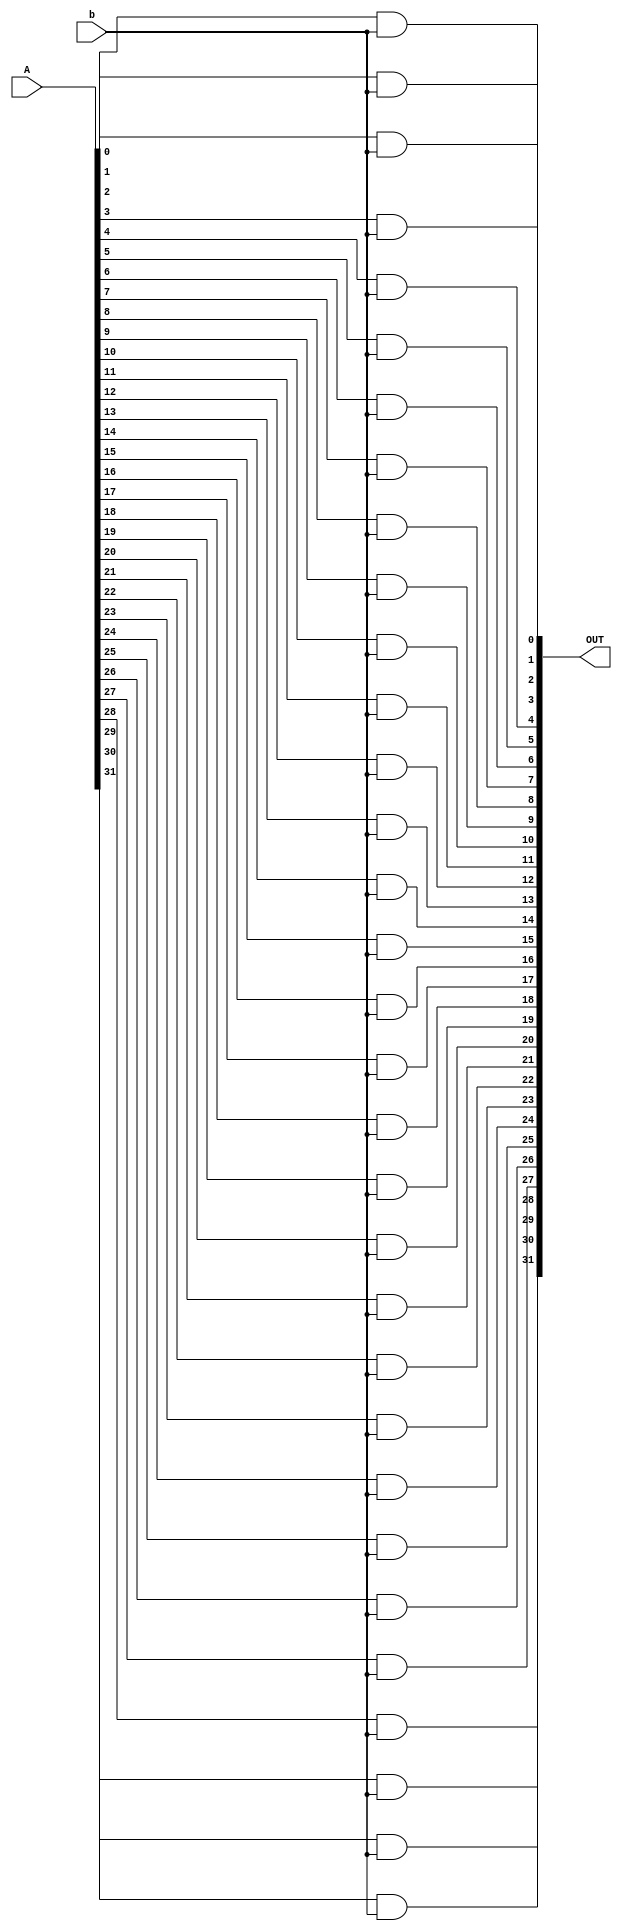
/*//header guards
`ifndef _partialSum_vh_
`define _partialSum_vh_
*/

module partialSum(A,b,OUT);

	input[31:0] A;
	input b;

	output[31:0] OUT;

	assign OUT[0] = A[0]&b;
	assign OUT[1] = A[1]&b;
	assign OUT[2] = A[2]&b;
	assign OUT[3] = A[3]&b;
	assign OUT[4] = A[4]&b;
	assign OUT[5] = A[5]&b;
	assign OUT[6] = A[6]&b;
	assign OUT[7] = A[7]&b;
	assign OUT[8] = A[8]&b;
	assign OUT[9] = A[9]&b;
	assign OUT[10] = A[10]&b;
	assign OUT[11] = A[11]&b;
	assign OUT[12] = A[12]&b;
	assign OUT[13] = A[13]&b;
	assign OUT[14] = A[14]&b;
	assign OUT[15] = A[15]&b;
	assign OUT[16] = A[16]&b;
	assign OUT[17] = A[17]&b;
	assign OUT[18] = A[18]&b;
	assign OUT[19] = A[19]&b;
	assign OUT[20] = A[20]&b;
	assign OUT[21] = A[21]&b;
	assign OUT[22] = A[22]&b;
	assign OUT[23] = A[23]&b;
	assign OUT[24] = A[24]&b;
	assign OUT[25] = A[25]&b;
	assign OUT[26] = A[26]&b;
	assign OUT[27] = A[27]&b;
	assign OUT[28] = A[28]&b;
	assign OUT[29] = A[29]&b;
	assign OUT[30] = A[30]&b;
	assign OUT[31] = A[31]&b;
	
endmodule // partialSum

//`endif